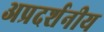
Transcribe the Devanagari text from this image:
अप्रदर्शनीय